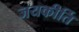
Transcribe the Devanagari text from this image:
जयकीर्ति